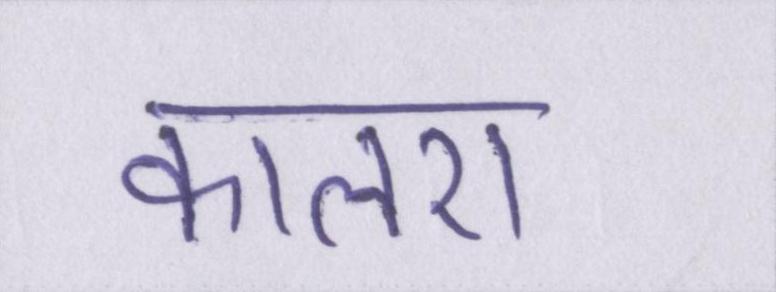
कालरा